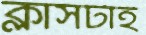
ক্লাসটাই